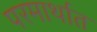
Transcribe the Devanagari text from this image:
परमार्थात